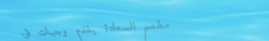
مطعم السعادة يقدم وجبات ش